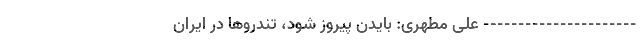
---------------------- علی مطهری: بایدن پیروز شود، تندروها در ایران